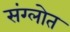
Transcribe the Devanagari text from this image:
संग्लोत